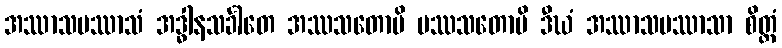
အဿာသပဿာသံ အဒ္ဓါနသင်္ခါတေ အဿသတောပိ ပဿသတောပိ ဒီဃံ အဿာသပဿာသာ စိတ္တံ